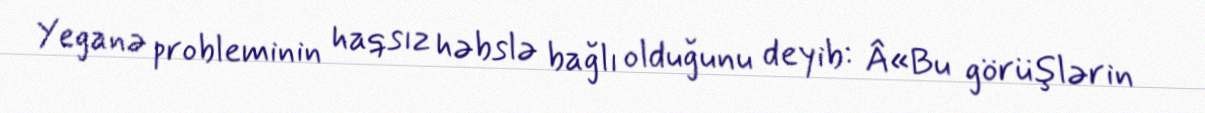
Yeganə probleminin haqsız həbslə bağlı olduğunu deyib: Â«Bu görüşlərin